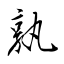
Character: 孰